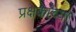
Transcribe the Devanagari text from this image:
प्रक्षकांच्या